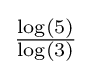
\textstyle {\frac {\log(5)}{\log(3)}}